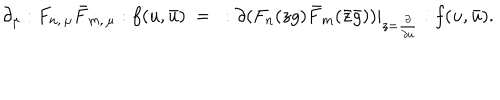
\partial _ { \mu } : F _ { n , \, \mu } \bar { F } _ { m , \, \mu } : f ( u , \bar { u } ) \ = \ : \partial ( F _ { n } ( z g ) \bar { F } _ { m } ( \bar { z } \bar { g } ) ) | _ { z = \frac { \partial } { \partial u } } : f ( u , \bar { u } ) .